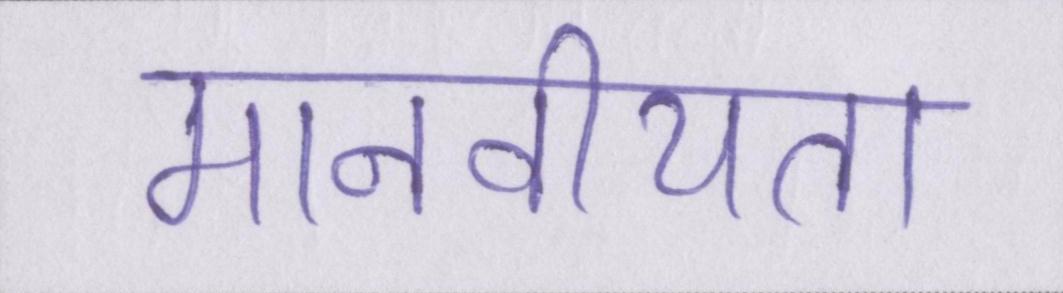
मानवीयता